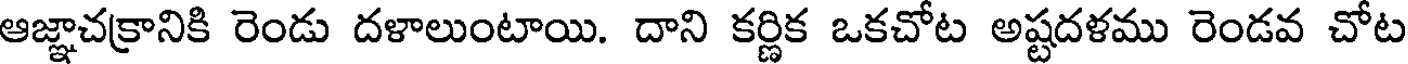
ఆజ్ఞాచక్రానికి రెండు దళాలుంటాయి. దాని కర్ణిక ఒకచోట అష్టదళము రెండవ చోట